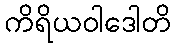
ကိရိယဝါဒေါတိ